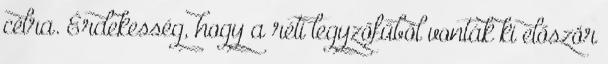
célra. Érdekesség, hogy a réti legyzőfűből vonták ki először